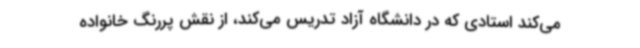
می‌کند استادی که در دانشگاه آزاد تدریس می‌کند، از نقش پررنگ خانواده